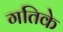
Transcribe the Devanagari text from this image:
गतिके